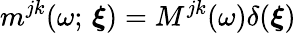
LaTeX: m^{jk}(\omega;\, \boldsymbol{\xi})=M^{jk}(\omega)\delta(\boldsymbol{\xi})